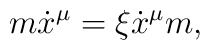
m\dot x^\mu=\xi\dot x^\mu m,